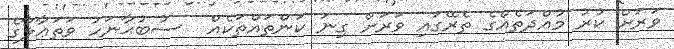
ވަރަށް ކުރު މުއްދަތެއްގެ ތެރޭގައި ވަރަށް ގިނަ ކަންތައްތަކެއް  ސުބުޙާނަހު ވަތަޢާލާގެ